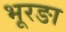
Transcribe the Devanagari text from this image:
भूरङा